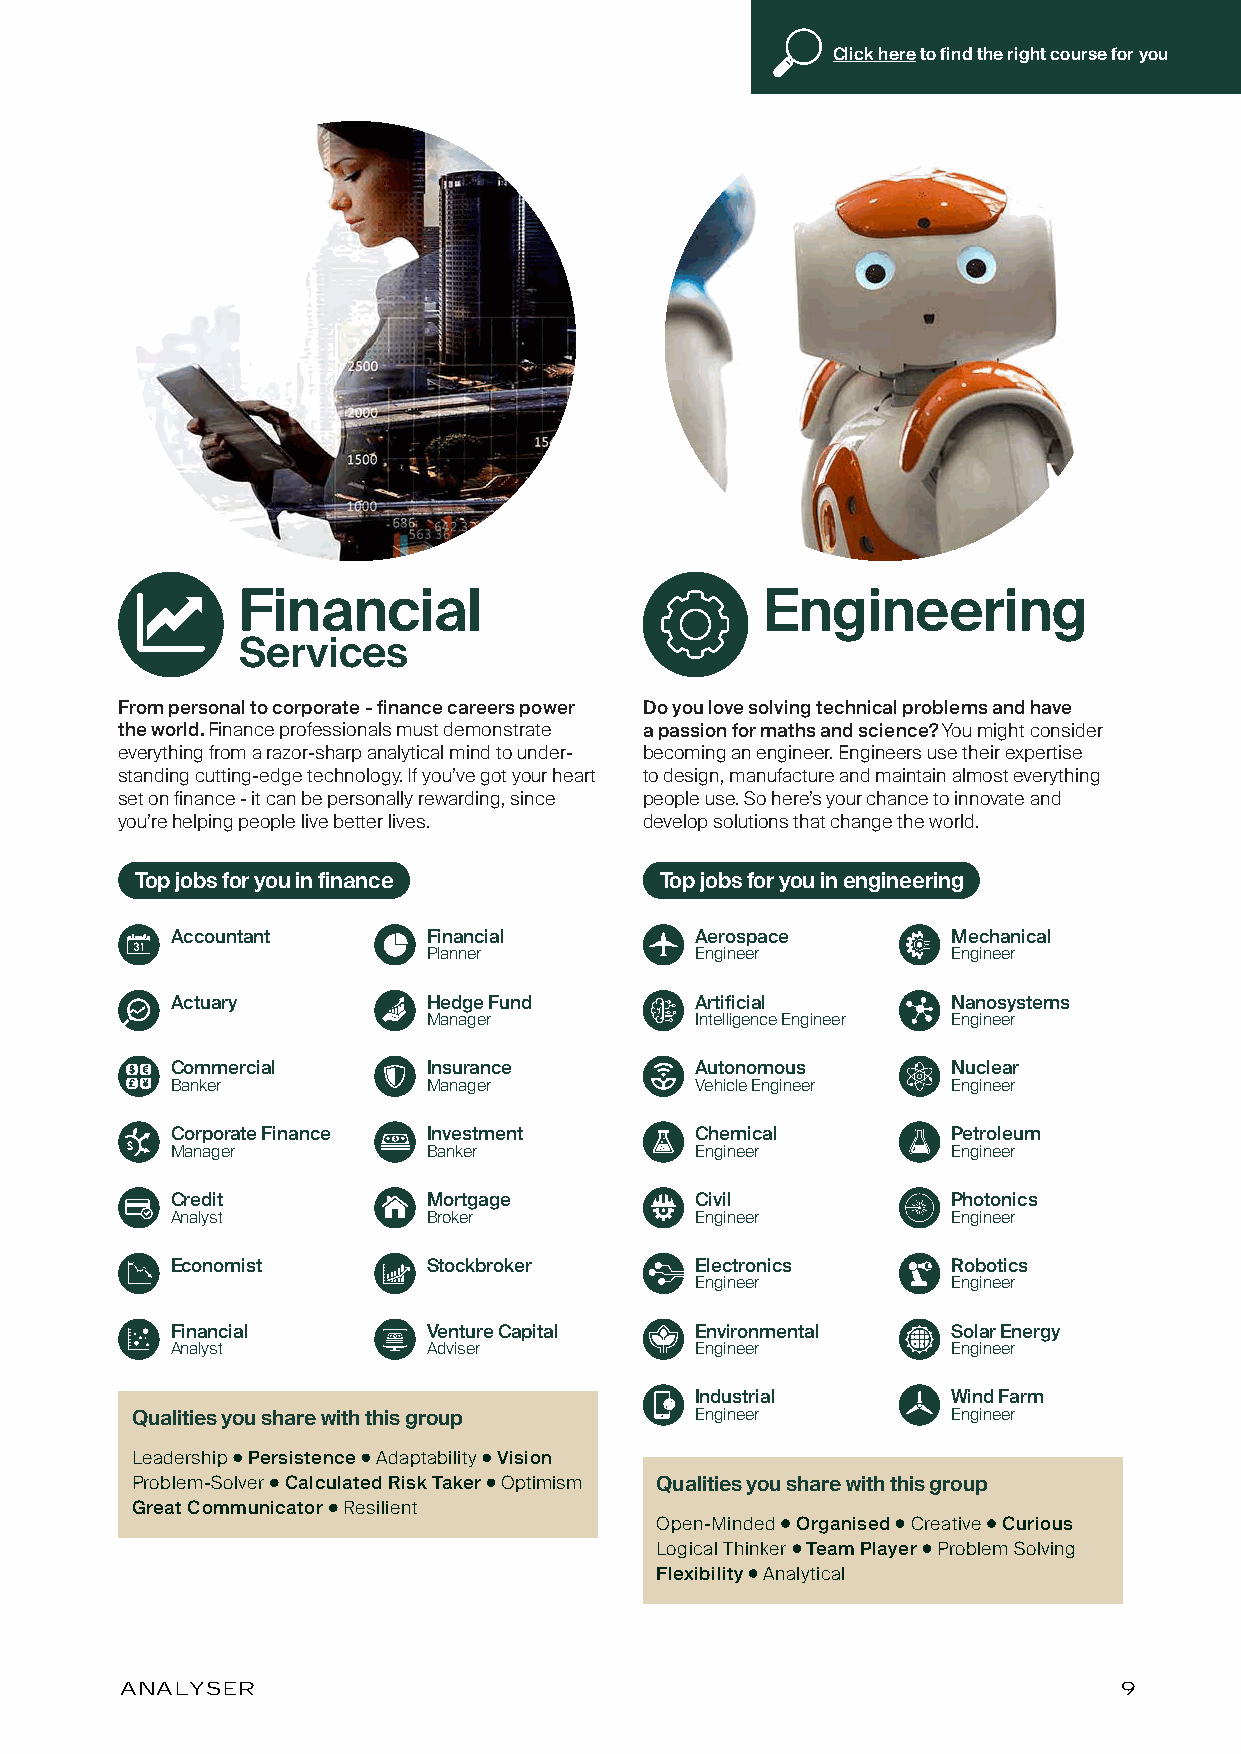
Click here to find the right course for you
 Financial                         Engineering
 Services
 From personal to corporate - finance careers power Do you love solving technical problems and have
 the world. Finance professionals must demonstrate a passion for maths and science? You might consider
 everything from a razor-sharp analytical mind to under- becoming an engineer. Engineers use their expertise
 standing cutting-edge technology. If you’ve got your heart to design, manufacture and maintain almost everything
 set on finance - it can be personally rewarding, since people use. So here’s your chance to innovate and
 you’re helping people live better lives. develop solutions that change the world.
 Top jobs for you in finance        Top jobs for you in engineering
 Accountant       Financial         Aerospace        Mechanical
 Planner           Engineer         Engineer
 Actuary          Hedge Fund        Artificial       Nanosystems
 Manager           Intelligence Engineer Engineer
 Commercial       Insurance         Autonomous       Nuclear
 Banker           Manager           Vehicle Engineer Engineer
 Corporate Finance Investment       Chemical         Petroleum
 Manager          Banker            Engineer         Engineer
 Credit           Mortgage          Civil            Photonics
 Analyst          Broker            Engineer         Engineer
 Economist        Stockbroker       Electronics      Robotics
 Engineer         Engineer
 Financial        Venture Capital   Environmental    Solar Energy
 Analyst          Adviser           Engineer         Engineer
 Industrial       Wind Farm
 Qualities you share with this group  Engineer         Engineer
 Leadership Persistence Adaptability Vision
 Problem-Solver Calculated Risk Taker Optimism Qualities you share with this group
 Great Communicator Resilient
 Open-Minded Organised Creative Curious
 Logical Thinker Team Player Problem Solving
 Flexibility Analytical
 ANALYSER                                                          9